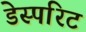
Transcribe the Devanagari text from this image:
डेस्परिट